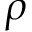
\rho